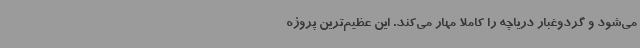
می‌شود و گردوغبار دریاچه را کاملا مهار می‌کند. این عظیم‌ترین پروژه